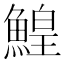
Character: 鰉